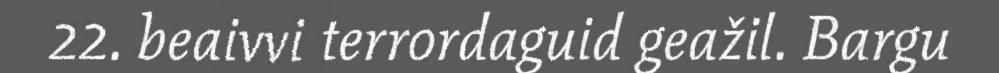
22. beaivvi terrordaguid geažil. Bargu